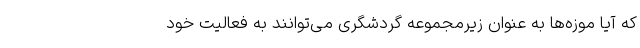
که آیا موزه‌ها به عنوان زیرمجموعه گردشگری می‌توانند به فعالیت خود